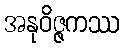
အနုဝိဇ္ဇကဿ